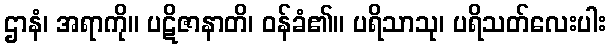
ဌာနံ၊ အရာကို။ ပဋိဇာနာတိ၊ ဝန်ခံ၏။ ပရိသာသု၊ ပရိသတ်လေးပါး